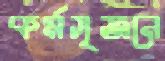
কর্মসৃজনে